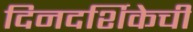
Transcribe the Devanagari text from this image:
दिनदर्शिकेची